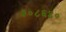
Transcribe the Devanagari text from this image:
३०८६४०